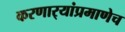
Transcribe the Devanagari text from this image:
करणार्‍यांप्रमाणेच